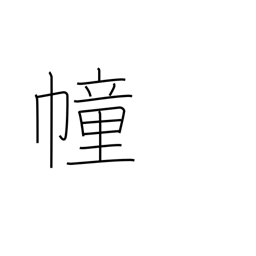
Meaning: flag